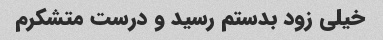
خیلی زود بدستم رسید و درست متشکرم